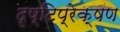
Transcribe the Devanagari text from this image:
दृष्टिप्रेक्षण